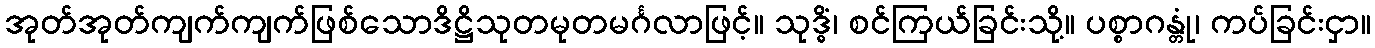
အုတ်အုတ်ကျက်ကျက်ဖြစ်သောဒိဋ္ဌိသုတမုတမင်္ဂလာဖြင့်။ သုဒ္ဓိံ၊ စင်ကြယ်ခြင်းသို့။ ပစ္စာဂန္တုံ၊ ကပ်ခြင်းငှာ။